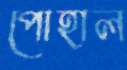
পোহাল